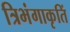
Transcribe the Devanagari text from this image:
त्रिभंगाकृतिं